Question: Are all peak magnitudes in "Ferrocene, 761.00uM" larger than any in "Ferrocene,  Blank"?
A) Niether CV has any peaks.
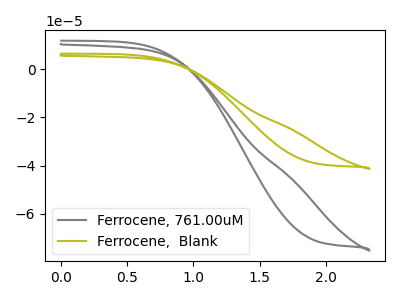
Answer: <think>The gray curve "Ferrocene, 761.00uM" has no peaks. The olive curve "Ferrocene,  Blank" has no peaks.</think>
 <answer>A) Niether CV has any peaks.</answer>
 <eval>A</eval>